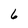
Character: 6